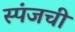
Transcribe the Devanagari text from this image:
स्पंजची